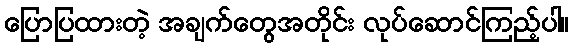
ပြောပြထားတဲ့ အချက်တွေအတိုင်း လုပ်ဆောင်ကြည့်ပါ။